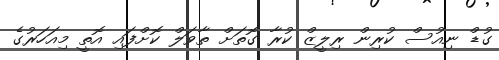
ގުޑް ނިއުސް ކުރިން ރިލީޒް ކުރާ ގޮތަށް ތާވަލް ކޮށްފައި އޮތީ މިއަހަރުގެ